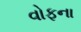
વોફના